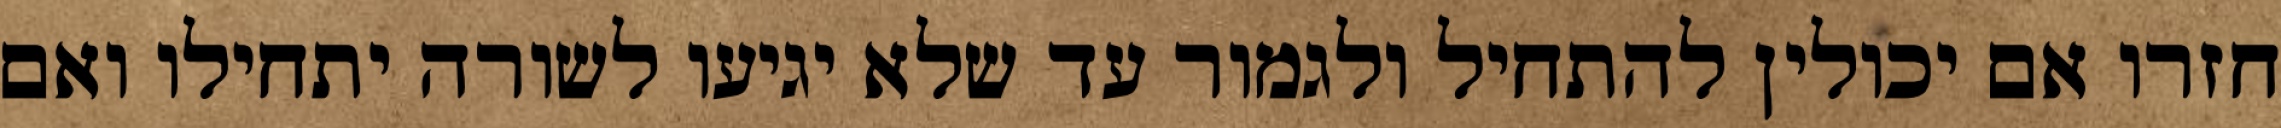
חזרו אם יכולין להתחיל ולגמור עד שלא יגיעו לשורה יתחילו ואם